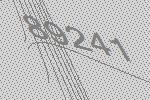
89241